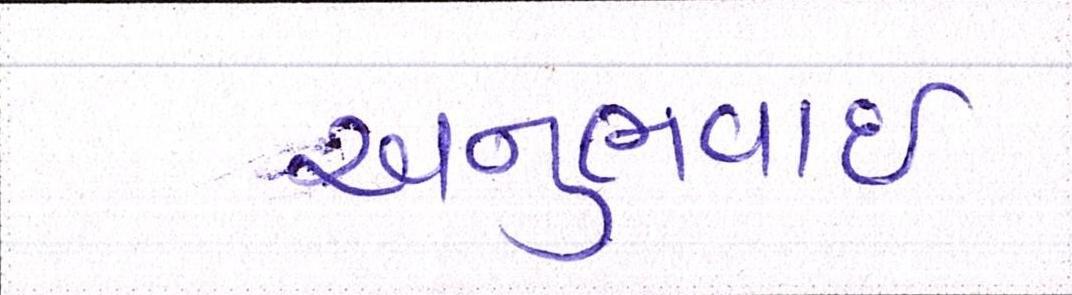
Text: અનુભવાઇ